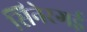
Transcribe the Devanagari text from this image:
सिनेरगई